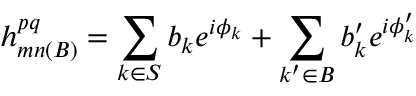
h _ { m n ( B ) } ^ { p q } = \sum _ { k \in S } b _ { k } e ^ { i \phi _ { k } } + \sum _ { k ^ { \prime } \in B } b _ { k } ^ { \prime } e ^ { i \phi _ { k } ^ { \prime } }